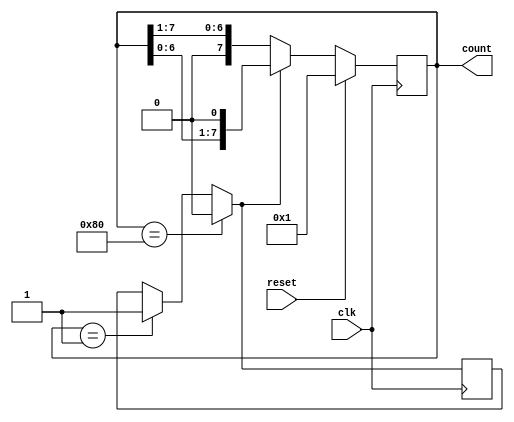
module shift_counter(output reg[7:0] count, input clk, reset);

  reg left;
  
  always @(posedge clk)
  begin
    if (count == 8'b10000000)
      begin
        left = 0;
      end
    else if (count == 8'b00000001)
      begin
        left = 1;
      end
    if (left == 1)
      begin
        count = count << 1;
      end
    else
      begin
        count = count >> 1;
      end
    if (reset == 1)
      begin
        count = 8'b00000001;
      end
  end

endmodule